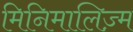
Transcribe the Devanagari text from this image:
मिनिमालिज़्म